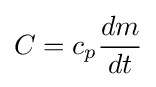
C=c_{p}{\frac {dm}{dt}}